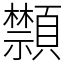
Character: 䫴